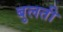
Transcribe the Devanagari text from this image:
बुलती